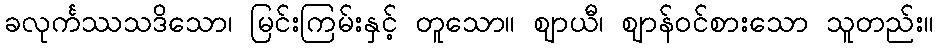
ခလုင်္ကဿသဒိသော၊ မြင်းကြမ်းနှင့် တူသော။ ဈာယီ၊ ဈာန်ဝင်စားသော သူတည်း။